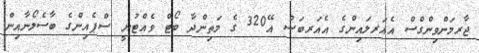
ޖާރމަންވިންގްސް އެއަރލައިންގެ އެއަރބަސް އޭ320 ގެ މަތިންދާ ބޯޓް ވެއްޓުނީ ސްޕެއިންގެ ބާސެލޯނާއިން